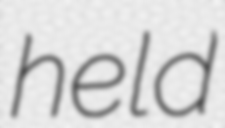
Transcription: held